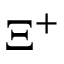
\Xi ^ { + }